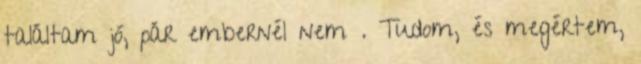
találtam jó, pár embernél nem . Tudom, és megértem,